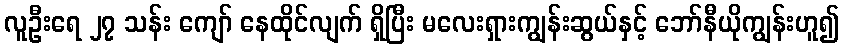
လူဦးရေ ၂၇ သန်း ကျော် နေထိုင်လျက် ရှိပြီး မလေးရှားကျွန်းဆွယ်နှင့် ဘော်နီယိုကျွန်းဟူ၍